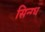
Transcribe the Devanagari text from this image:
सिन्ग्ध